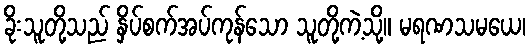
ခိုးသူတို့သည် နှိပ်စက်အပ်ကုန်သော သူတို့ကဲ့သို့။ မရဏသမယေ၊